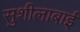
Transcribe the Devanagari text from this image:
सुशीलाबाई